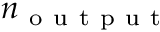
n _ { \mathrm { ~ o ~ u ~ t ~ p ~ u ~ t ~ } }